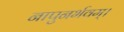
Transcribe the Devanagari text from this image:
नापुनर्भवम्।